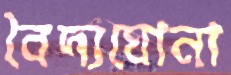
বৈদ্যঘোনা